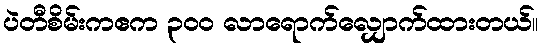
ပဲတီစိမ်းကဧက ၃ဝဝ လာရောက်လျှောက်ထားတယ်။